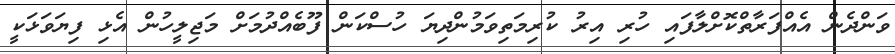
ވަންދެން އެއްފަރާތްކޮށްލާފައި ހުރި އިރު ކުރިމަތިވަމުންދިޔަ ހުސްކަން ފޫބެއްދުމަށް މަޖިލީހުން އެޅި ފިޔަވަޅަކީ